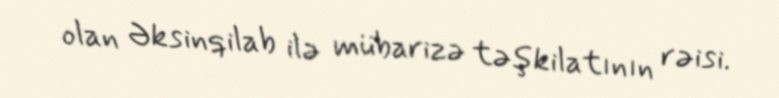
olan Əksinqilab ilə mübarizə təşkilatının rəisi.